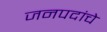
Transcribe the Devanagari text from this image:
जनपदांचे